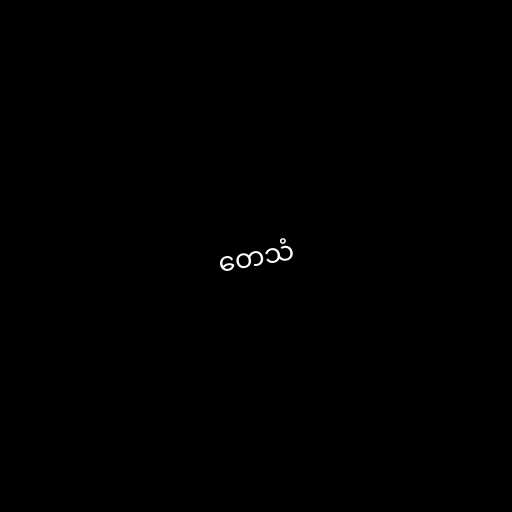
တေသံ